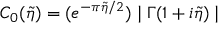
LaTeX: C _ { 0 } ( \tilde { \eta } ) = ( e ^ { - \pi \tilde { \eta } / 2 } ) \mid \Gamma ( 1 + i \tilde { \eta } ) \mid